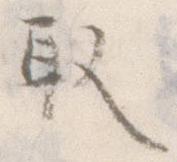
取